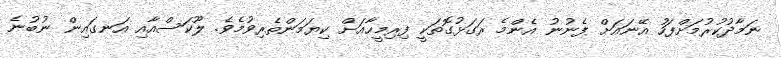
ނަމާދުކުރުމަށްފަހު އޭނައަށް ފެނުނު އެންމެ ރަގަޅުގޮތަކީ ފިރިމީހާއަށް ކިޔަމަންތެރިވުމެވެ. ލޫކަސްއާއި އަނގައިން ނުބުނެ